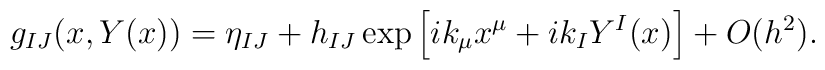
g_{IJ} (x, Y(x)) = \eta_{IJ} + h_{IJ}\exp \left[ ik_\mu x^\mu + ik_I Y^I(x) \right] + O(h^2).